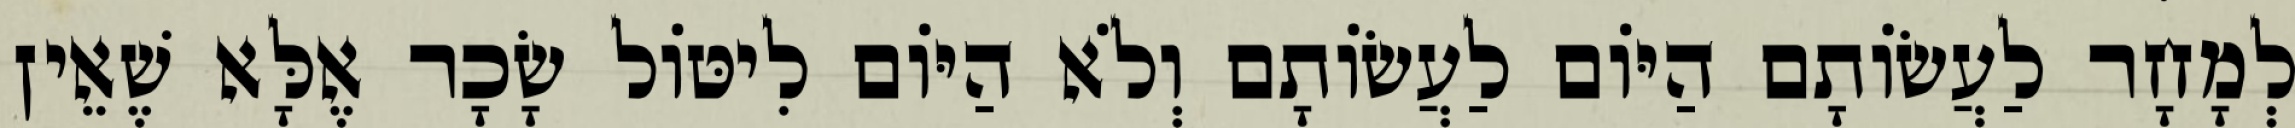
לְמָחָר לַעֲשׂוֹתָם הַיּוֹם לַעֲשׂוֹתָם וְלֹא הַיּוֹם לִיטּוֹל שָׂכָר אֶלָּא שֶׁאֵין